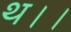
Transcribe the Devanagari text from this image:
थ।।